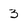
Character: 3